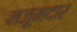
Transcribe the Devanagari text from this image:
मज़ूमदार